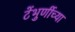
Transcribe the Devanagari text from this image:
टेंभुर्णीच्या